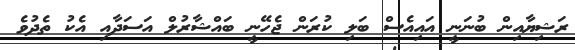
ރަޝިޔާއިން ބުނަނީ އައިއެސް ބަލި ކުރަން ޖެހޭނީ ބައްޝާރުލް އަސަދާއި އެކު ތެދުވެ